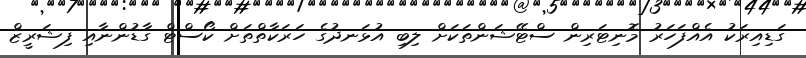
ގަޑިއިރަކު އެއްފަހަރު މޮނިޓަރިން ސްޓޭޝަންތަކަށް ލިބި އުޅަނދުގެ ހަރަކާތްތަށް ކޯސްޓް ގާޑުންނާއި ފިޝަރީޒް